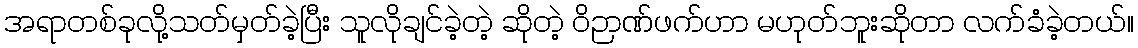
အရာတစ်ခုလို့သတ်မှတ်ခဲ့ပြီး သူလိုချင်ခဲ့တဲ့ ဆိုတဲ့ ဝိဉာဏ်ဖက်ဟာ မဟုတ်ဘူးဆိုတာ လက်ခံခဲ့တယ်။